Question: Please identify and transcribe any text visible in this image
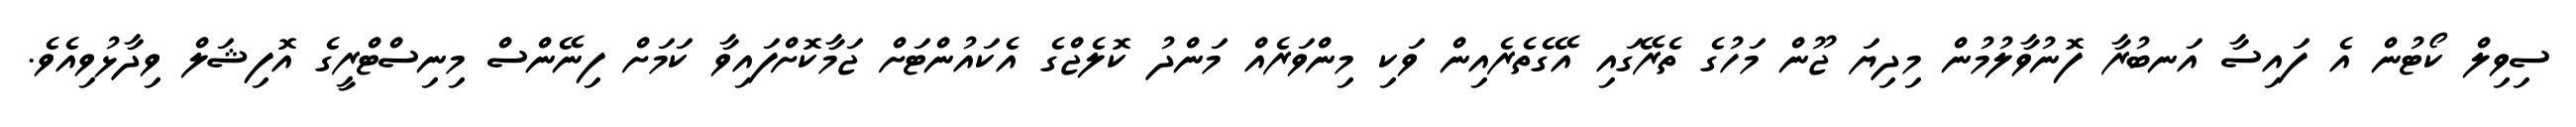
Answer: ސިވިލް ކޯޓުން އެ ފައިސާ އަނބުރާ ފޮނުވާލުމުން މިދިޔަ ޖޫން މަހުގެ ތެރޭގައި އޭގެތެރެއިން ވަކި މިންވަރެއް މަންދު ކޮލެޖްގެ އެކައުންޓަށް ޖަމާކޮށްފައިވާ ކަމަށް ފިނޭންސް މިނިސްޓްރީގެ އޮފިޝަލް ވިދާޅުވިއެވެ.